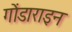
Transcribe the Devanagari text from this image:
गोंडाराइन